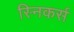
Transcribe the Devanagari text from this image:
स्निकर्स